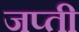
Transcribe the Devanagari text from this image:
जप्‍ती